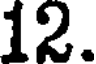
12.